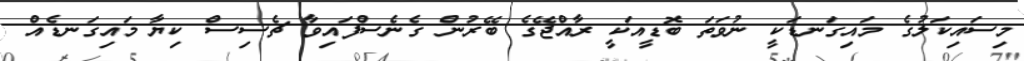
މިސައިކަލުގެ މައިގަނޑަކީ ނުވަތަ ބޮޑީއަކީ ރާއްޖޭގެ ބޭރުން ގެނެސްފައިވާ ޗެސިސް ކިޔާ މައިގަނޑެއް